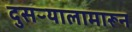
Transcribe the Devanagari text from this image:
दुसऱ्यालामारून